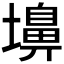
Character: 𪤨